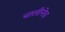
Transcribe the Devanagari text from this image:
चालीनेच